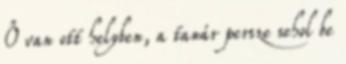
Ő van ott helyben, a tanár persze sehol be